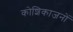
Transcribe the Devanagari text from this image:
कोशिकाजनों